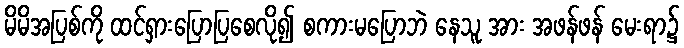
မိမိအပြစ်ကို ထင်ရှားပြောပြစေလို၍ စကားမပြောဘဲ နေသူ အား အဖန်ဖန် မေးရာ၌